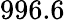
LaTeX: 996.6